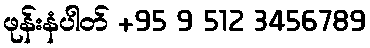
ဖုန်းနံပါတ် +95 9 512 3456789